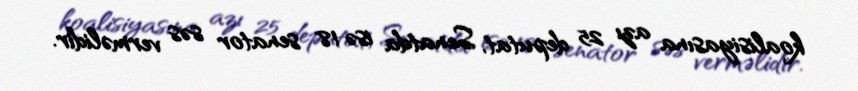
koalisiyasına azı 25 deputat, Senatda isə 18 senator səs verməlidir.